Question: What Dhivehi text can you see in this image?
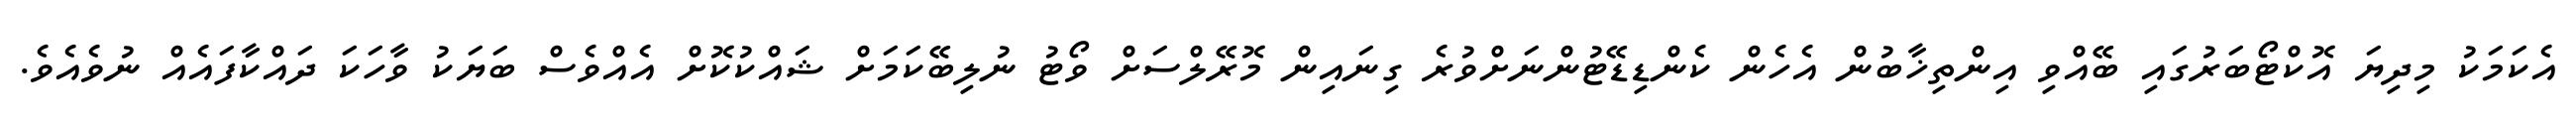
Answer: އެކަމަކު މިދިޔަ އޮކްޓޯބަރުގައި ބޭއްވި އިންތިޚާބުން އެހެން ކެންޑިޑޭޓުންނަށްވުރެ ގިނައިން މޮރޭލްސަށް ވޯޓު ނުލިބޭކަމަށް ޝައްކުކޮށް އެއްވެސް ބަޔަކު ވާހަކަ ދައްކާފައެއް ނުވެއެވެ.